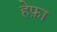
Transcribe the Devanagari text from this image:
हेफ़ा